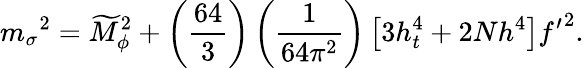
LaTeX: {m_{\sigma}}^{2}=\widetilde{M}_{\phi}^{2}+\left(\frac{64}{3}\right)\left(\frac{1}{64\pi^{2}}\right)\left[3h_{t}^{4}+2Nh^{4}\right]{f^{\prime}}^{2}.